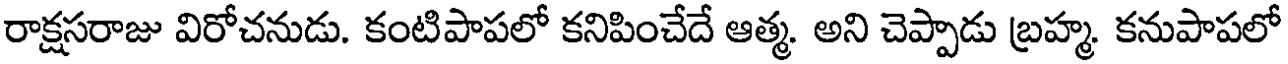
రాక్షసరాజు విరోచనుడు. కంటిపాపలో కనిపించేదే ఆత్మ. అని చెప్పాడు బ్రహ్మ. కనుపాపలో